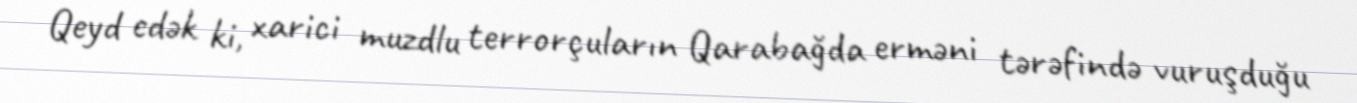
Qeyd edək ki, xarici muzdlu terrorçuların Qarabağda erməni tərəfində vuruşduğu